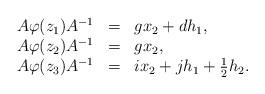
LaTeX: \begin{align*}\begin{array}{llllll}A\varphi(z_1)A^{-1} &=& gx_2+dh_1,\\A\varphi(z_2)A^{-1} &=& gx_2,\\A\varphi(z_3) A^{-1}&=& ix_2+jh_1+\frac{1}{2}h_2.\\\end{array}\end{align*}